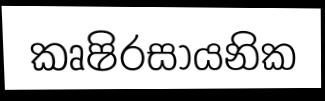
කෘෂිරසායනික